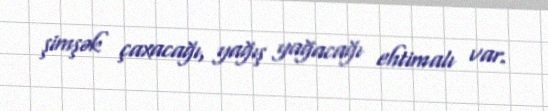
şimşək çaxacağı, yağış yağacağı ehtimalı var.